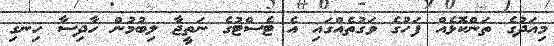
މިއަދުގެ ތަންކޮޅެއް ފަހުގެ ވަގުތެއްގައި އެ ޓެސްޓުގެ ނަތީޖާ ލިބުމުން ހާދިސާ ހިނގި